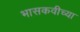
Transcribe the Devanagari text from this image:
भासकवीच्या